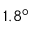
1 . 8 ^ { \circ }